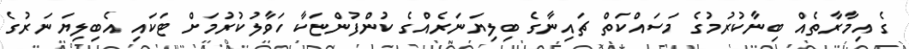
ގެ އިމާރާތެއް ބިނާކުރުމުގެ މަސައްކަތް ޗައިނާގެ ބިލިޔަނަރެއްގެ ކުންފުންޏަކާ ހަވާލުކުރުމަށް ޓަކައި އެބިލިޔަނަރުގެ